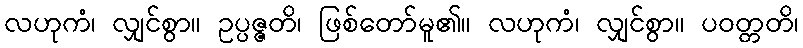
လဟုကံ၊ လျှင်စွာ။ ဥပ္ပဇ္ဇတိ၊ ဖြစ်တော်မူ၏။ လဟုကံ၊ လျှင်စွာ။ ပဝတ္တတိ၊